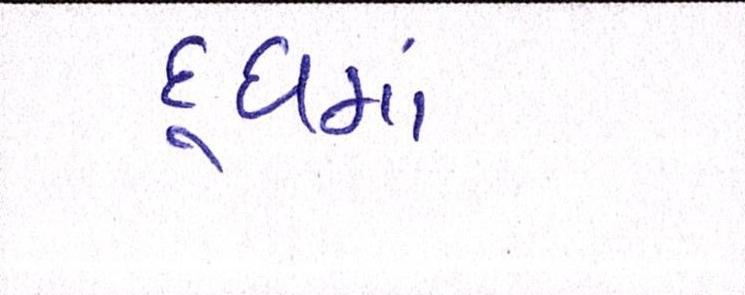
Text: દૂધમાં